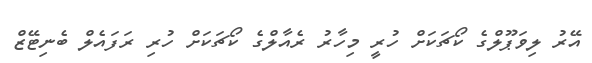
އޭރު ލިވަޕޫލްގެ ކޯޗަކަށް ހުރީ މިހާރު ރެއާލްގެ ކޯޗަކަށް ހުރި ރަފައެލް ބެނިޓޭޒް